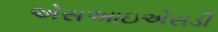
એસઆઇએસડી